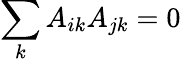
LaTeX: \sum_{k}A_{ik}A_{jk}=0